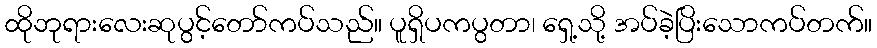
ထိုဘုရားလေးဆုပွင့်တော်ကပ်သည်။ ပူရှိပကပွတာ၊ ရှေ့သို့ အပ်ခဲ့ပြိးသောကပ်တက်။